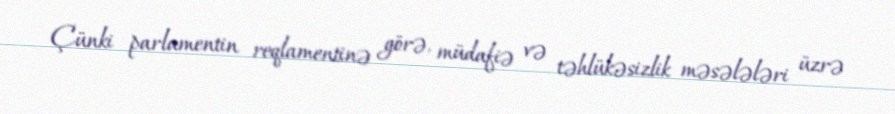
Çünki parlamentin reqlamentinə görə, müdafiə və təhlükəsizlik məsələləri üzrə